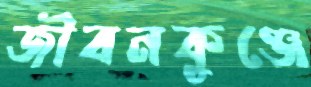
জীবনকুঞ্জে